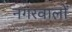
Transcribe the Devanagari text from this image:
नगरवालों